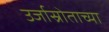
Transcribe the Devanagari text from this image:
उर्जास्रोताच्या